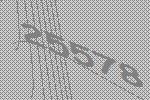
25578